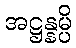
အဋ္ဌန္နမ္ပိ